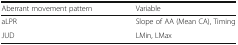
| Aberrant movement pattern | Variable |
 | --- | --- |
 | aLPR | Slope of AA (Mean CA), Timing |
 | JUD | LMin, LMax |